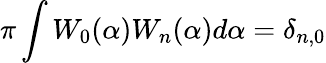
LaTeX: \pi\int W_{0}(\alpha)W_{n}(\alpha)d\alpha=\delta_{n,0}